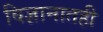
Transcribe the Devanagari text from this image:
विज्ञानातही